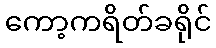
ကော့ကရိတ်ခရိုင်